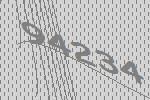
94234